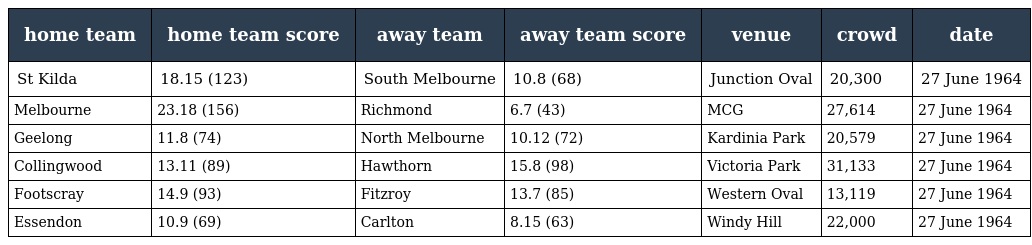
| home team | home team score | away team | away team score | venue | crowd | date |
 | --- | --- | --- | --- | --- | --- | --- |
 | St Kilda | 18.15 (123) | South Melbourne | 10.8 (68) | Junction Oval | 20,300 | 27 June 1964 |
 | Melbourne | 23.18 (156) | Richmond | 6.7 (43) | MCG | 27,614 | 27 June 1964 |
 | Geelong | 11.8 (74) | North Melbourne | 10.12 (72) | Kardinia Park | 20,579 | 27 June 1964 |
 | Collingwood | 13.11 (89) | Hawthorn | 15.8 (98) | Victoria Park | 31,133 | 27 June 1964 |
 | Footscray | 14.9 (93) | Fitzroy | 13.7 (85) | Western Oval | 13,119 | 27 June 1964 |
 | Essendon | 10.9 (69) | Carlton | 8.15 (63) | Windy Hill | 22,000 | 27 June 1964 |